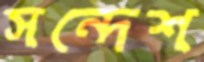
সন্দেশ